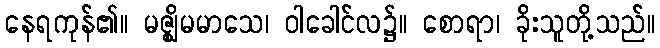
နေရကုန်၏။ မဇ္ဈိမမာသေ၊ ဝါခေါင်လ၌။ စောရာ၊ ခိုးသူတို့သည်။